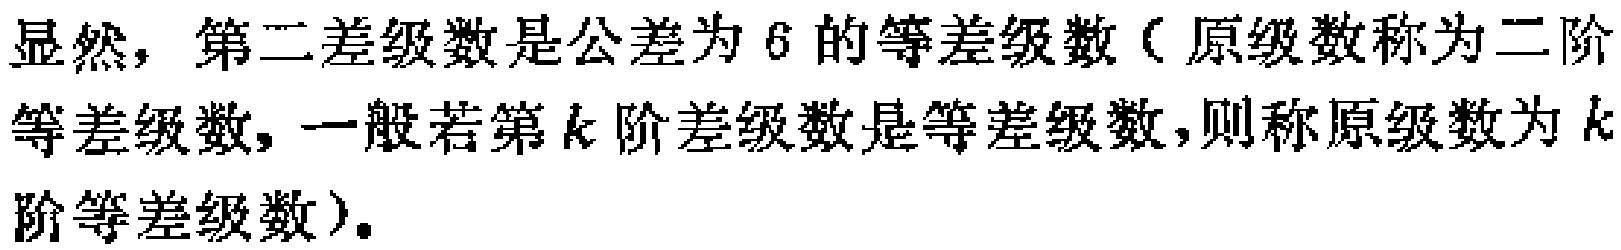
显然，第二差级数是公差为 \(6\) 的等差级数（原级数称为二阶等差级数，一般若第 \(k\) 阶差级数是等差级数，则称原级数为 \(k\) 阶等差级数）。